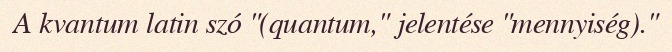
A kvantum latin szó "(quantum," jelentése "mennyiség)."